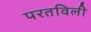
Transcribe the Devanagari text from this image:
परतविली